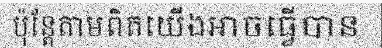
ប៉ុន្តែតាមពិតយើងអាចធ្វើបាន